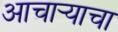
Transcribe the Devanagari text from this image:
आचार्‍याचा